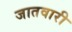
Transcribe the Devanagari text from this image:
जातवारी